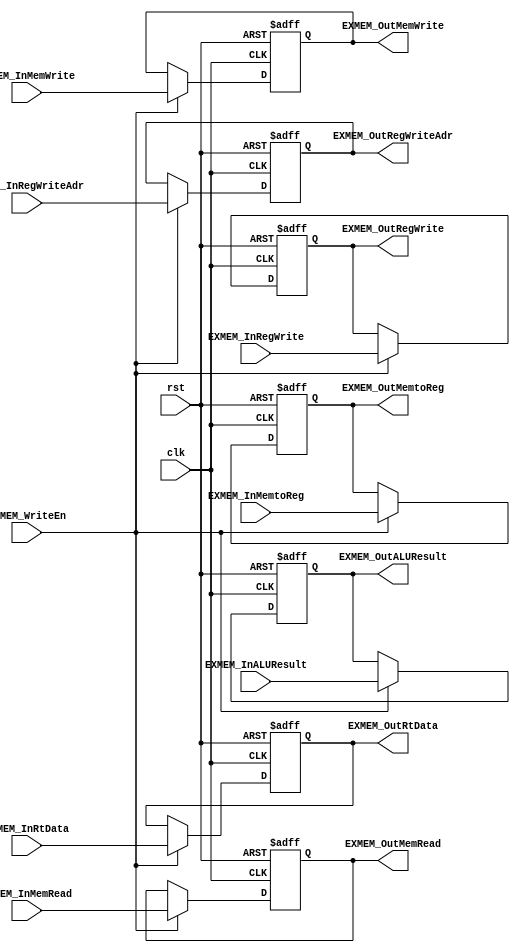
module EX_MEM (clk, rst, EXMEM_InALUResult, EXMEM_InRtData, EXMEM_InRegWriteAdr, 
				EXMEM_InMemWrite, EXMEM_InMemRead, 
				EXMEM_InMemtoReg, EXMEM_InRegWrite, 
				EXMEM_OutALUResult, EXMEM_OutRtData, EXMEM_OutRegWriteAdr, 
				EXMEM_OutMemWrite, EXMEM_OutMemRead, 
				EXMEM_OutMemtoReg, EXMEM_OutRegWrite, 
				EXMEM_WriteEn );

//input
	input				clk;
	input				rst;
	input [31:0]		EXMEM_InALUResult;
	input [31:0]		EXMEM_InRtData;
	input [4:0]			EXMEM_InRegWriteAdr;

////EX_MEX
	input				EXMEM_InMemWrite;		//MemWrite
	input				EXMEM_InMemRead;		//MemRead

////MEM_WB
	input				EXMEM_InMemtoReg;		//MemtoReg
	input				EXMEM_InRegWrite;		//RegWrite

	input				EXMEM_WriteEn;

//output
	output reg [31:0]	EXMEM_OutALUResult;
	output reg [31:0]	EXMEM_OutRtData;
	output reg [4:0]	EXMEM_OutRegWriteAdr;

////EX_MEX
	output reg			EXMEM_OutMemWrite;		//MemWrite
	output reg			EXMEM_OutMemRead;		//MemRead

////MEM_WB
	output reg			EXMEM_OutMemtoReg;		//MemtoReg
	output reg			EXMEM_OutRegWrite;		//RegWrite

	always @(posedge clk or posedge rst) begin
		if ( rst ) begin
			EXMEM_OutALUResult = 32'd0;
			EXMEM_OutRtData = 32'd0;
			EXMEM_OutRegWriteAdr = 5'd0;
			EXMEM_OutMemWrite = 1'd0;
			EXMEM_OutMemRead = 1'd0;
			EXMEM_OutMemtoReg = 1'd0;
			EXMEM_OutRegWrite = 1'd0;
		end	// end if
		else begin
			if ( EXMEM_WriteEn ) begin
				EXMEM_OutALUResult = EXMEM_InALUResult;
				EXMEM_OutRtData = EXMEM_InRtData;
				EXMEM_OutRegWriteAdr = EXMEM_InRegWriteAdr;
				EXMEM_OutMemWrite = EXMEM_InMemWrite;
				EXMEM_OutMemRead = EXMEM_InMemRead;
				EXMEM_OutMemtoReg = EXMEM_InMemtoReg;
				EXMEM_OutRegWrite = EXMEM_InRegWrite;
			end	// end else if
		end	// end else
	end	// end always

endmodule